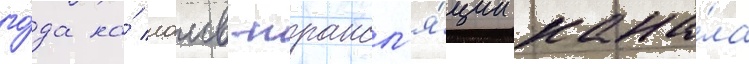
го́да на́ лаив-трансл'я́ции кана́ла